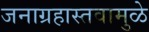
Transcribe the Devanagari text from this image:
जनाग्रहास्तवामुळे